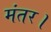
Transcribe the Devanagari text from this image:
मंतर।